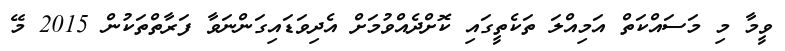
ވީމާ މި މަަސައްކަތް އަމިއްލަ ތަކެތީގައި ކޮށްދެއްވުމަށް އެދިވަޑައިގަންނަވާ ފަރާތްތަކުން 2015 މޭ